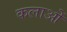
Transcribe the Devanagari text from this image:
कलाओें